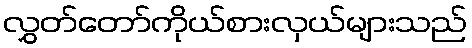
လွှတ်တော်ကိုယ်စားလှယ်များသည်